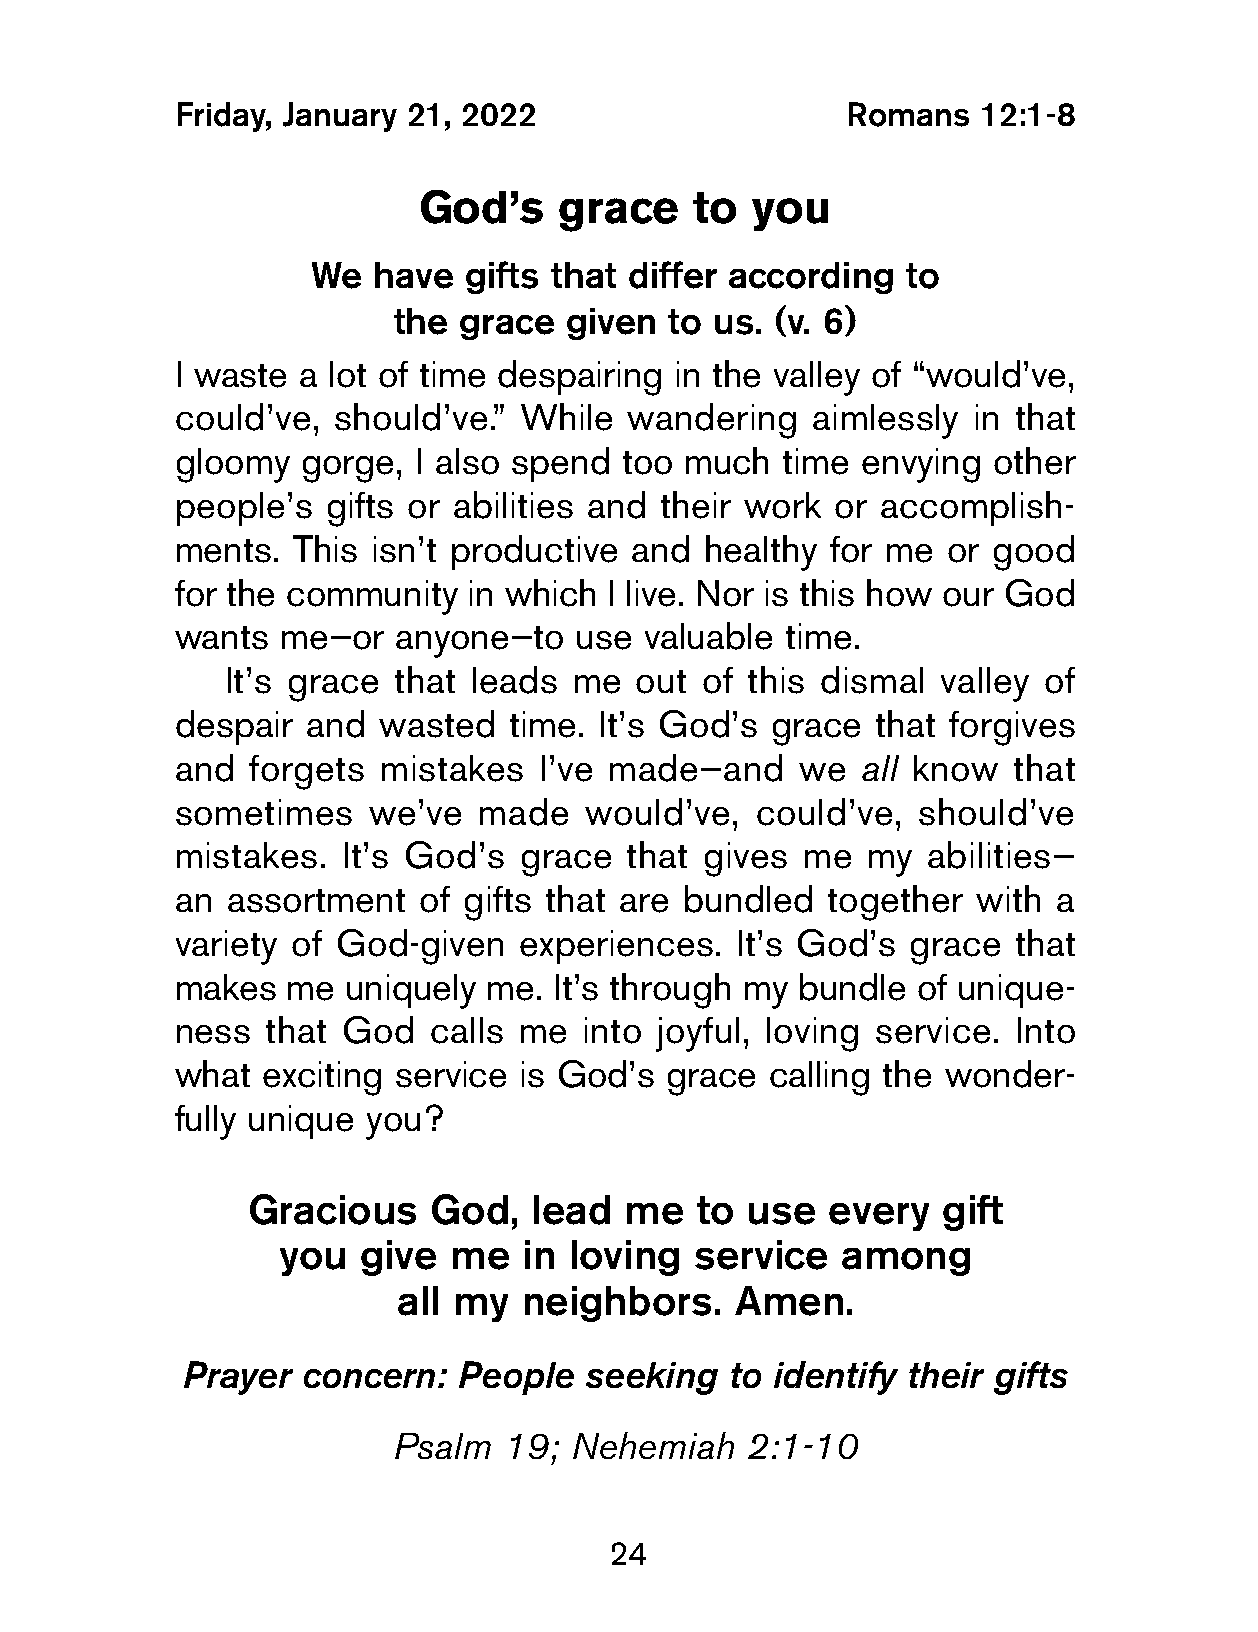
Friday, January 21, 2022                     Romans   12:1-8
 God’s    grace    to  you
 We   have  gifts that differ according  to
 the grace  given  to us. (v. 6)
 I waste  a lot of time despairing in the valley of “would’ve,
 could’ve,  should’ve.” While  wandering    aimlessly in that
 gloomy   gorge, I also spend  too much   time envying  other
 people’s  gifts or abilities and their work or accomplish-
 ments.  This  isn’t productive and  healthy for me  or good
 for the community   in which I live. Nor is this how our God
 wants  me—or   anyone—to   use  valuable time.
 It’s grace that leads  me  out of this dismal  valley of
 despair  and  wasted   time. It’s God’s grace  that forgives
 and  forgets  mistakes   I’ve made—and    we  all know  that
 sometimes    we’ve   made   would’ve,  could’ve,  should’ve
 mistakes.   It’s God’s grace  that gives  me  my  abilities—
 an  assortment   of gifts that are bundled  together  with a
 variety of God-given   experiences.   It’s God’s grace  that
 makes   me  uniquely me.  It’s through my bundle  of unique-
 ness   that God  calls me  into joyful, loving service. Into
 what  exciting service is God’s  grace  calling the wonder-
 fully unique you?
 Gracious    God,   lead  me   to use   every  gift
 you   give  me  in  loving  service   among
 all my  neighbors.     Amen.
 Prayer  concern:  People   seeking  to identify their gifts
 Psalm  19;  Nehemiah   2:1-10
 24